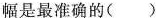
幅是最准确的（ ）